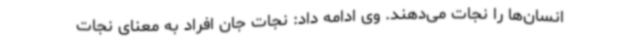
انسان‌ها را نجات می‌دهند. وی ادامه داد: نجات جان افراد به معنای نجات